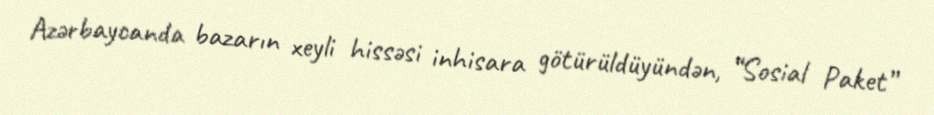
Azərbaycanda bazarın xeyli hissəsi inhisara götürüldüyündən, “Sosial Paket”